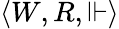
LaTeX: \langle W,R,\Vdash\rangle